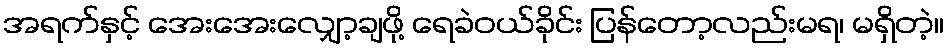
အရက်နှင့် အေးအေးလျှော့ချဖို့ ရေခဲဝယ်ခိုင်း ပြန်တော့လည်းမရ၊ မရှိတဲ့။